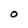
Character: 0